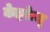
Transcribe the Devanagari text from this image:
केइरेत्सू